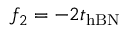
f _ { 2 } = - 2 t _ { \mathrm { h B N } }